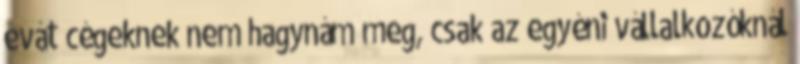
evát cégeknek nem hagynám meg, csak az egyéni vállalkozóknál